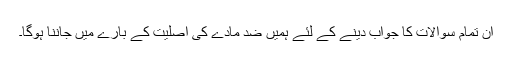
ان تمام سوالات کا جواب دینے کے لئے ہمیں ضد مادّے کی اصلیت کے بارے میں جاننا ہوگا۔